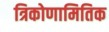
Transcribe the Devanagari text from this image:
त्रिकोणामितिक